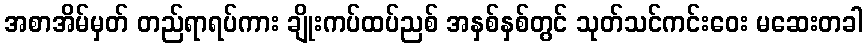
အစာအိမ်မှတ် တည်ရာရပ်ကား ချိုးကပ်ထပ်ညစ် အနှစ်နှစ်တွင် သုတ်သင်ကင်းဝေး မဆေးတခါ